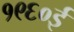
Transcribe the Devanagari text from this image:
१९६०ई